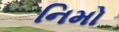
નિમો